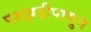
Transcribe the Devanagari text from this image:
पडझडीपासुन